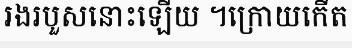
រងរបួសនោះឡើយ ។ក្រោយកើត